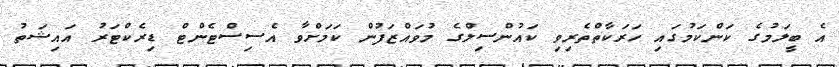
އެ ބީލަމުގެ ކަންކަމުގައި ހަރަކާތްތެރިވި ކައުންސިލްގެ މުވައްޒަފުން ކަމަށްވާ އެސިސްޓެންޓް ޑިރެކްޓަރު އައިޝަތު